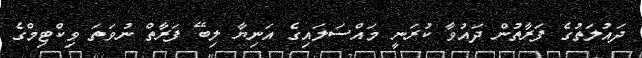
ދައުލަތުގެ ފަރާތުން ދައުވާ ކުރަނީ މައްސަލައިގެ އަނިޔާ ލިބޭ ފަރާތް ނުވަތަ ވިކްޓިމްގެ